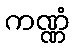
ကဏ္ဏံ